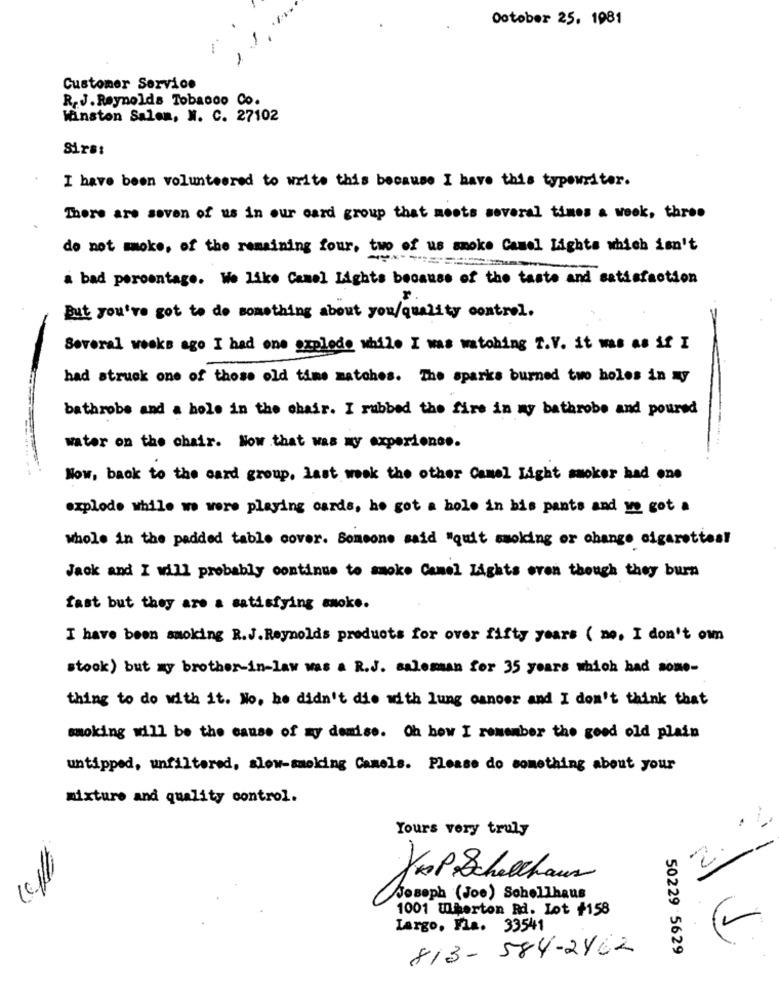
October 25, 1981
Customer Service
R. J. Reynolds Tobacco Co.
Winston Salem, W. C. 27102
Sirss
I have been volunteered to write this because I have this typewriter.
There are soven of us in our card group that meets several times a week, three
do not moke, of the remaining four, two of us smoke Camel Lights which isn't
a bad percentage. We like Camel Lights because of the taste and satisfaction
But you've got to do something about you/quality control.
Several weeks ago I had one ozplode while I was watching Z.V. it was as if I
had struck one of those old time matches. The sparks burned two holes in My
bathrobe and a hole in the chair. I rubbed the fire in my bathrobe and poured
water on the chair. Now that was my experience.
.. ..
--
Now, back to the card group, last week the other Camel Light smoker had one
explode while we were playing cards, ho got a hole in bis pants and we got a
whole in the padded table cover. Someone said "quit smoking or change cigarettes!
Jack and I will probably continue to smoke Camel Lights even though they burn
fast but they are a satisfying amok ..
I have been smoking R.J. Reynolds products for over fifty years ( no, I don't omn
stook) but my brother-in-law was a R.J. salesaan for 35 years which had some-
thing to do with it. No, he didn't die with lung cancer and I don't think that
smoking will be the cause of my demise. Oh how I remember the good old plain
untipped, unfiltered, slow-smoking Camels. Please do something about your
mixture and quality control.
Yours very truly
2.
KesP Schelchaus
Joseph (Joe) Schellhaus
1001 Uperton Rd. Lot #158
Largo, Fla. 33541
813- 584-2462
50229 5629